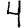
Digit: 4